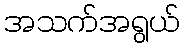
အသက်အရွယ်